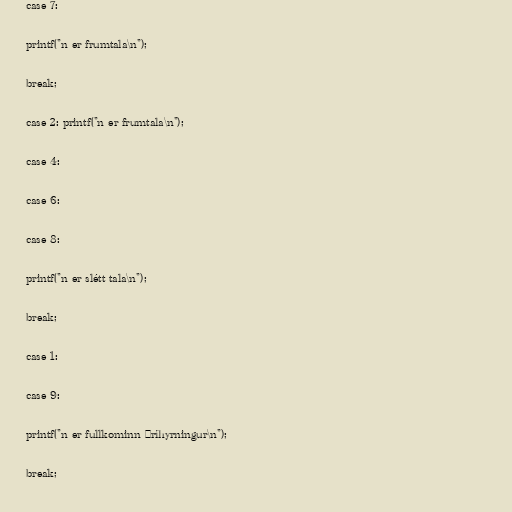
case 7:

printf("n er frumtala\n");

break;

case 2: printf("n er frumtala\n");

case 4:

case 6:

case 8:

printf("n er slétt tala\n");

break;

case 1:

case 9:

printf("n er fullkominn þríhyrningur\n");

break;